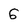
Character: G